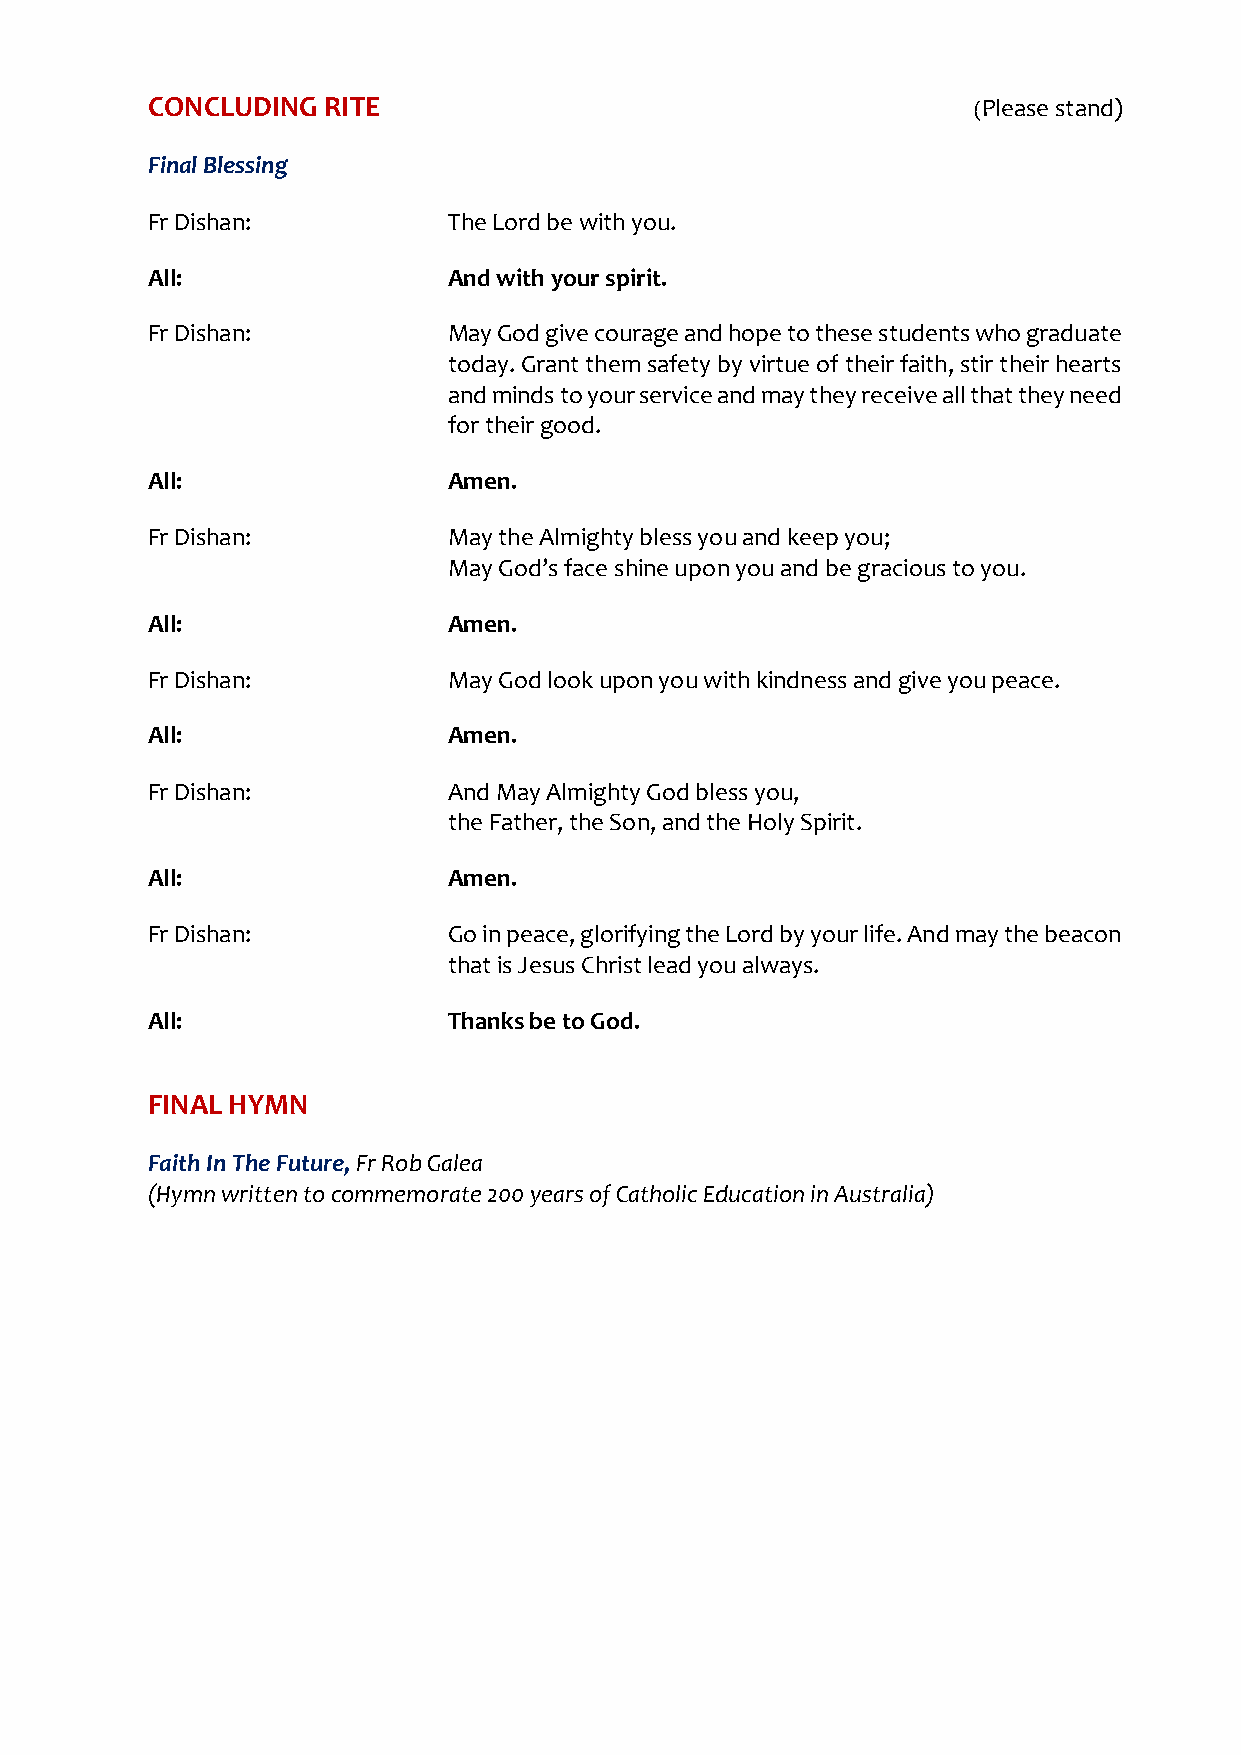
CONCLUDING RITE                                       (Please stand)
 Final Blessing
 Fr Dishan:          The Lord be with you.
 All:                And with your spirit.
 Fr Dishan:          May God give courage and hope to these students who graduate
 today. Grant them safety by virtue of their faith, stir their hearts
 and minds to your service and may they receive all that they need
 for their good.
 All:                Amen.
 Fr Dishan:          May the Almighty bless you and keep you;
 May God’s face shine upon you and be gracious to you.
 All:                Amen.
 Fr Dishan:          May God look upon you with kindness and give you peace.
 All:                Amen.
 Fr Dishan:          And May Almighty God bless you,
 the Father, the Son, and the Holy Spirit.
 All:                Amen.
 Fr Dishan:          Go in peace, glorifying the Lord by your life. And may the beacon
 that is Jesus Christ lead you always.
 All:                Thanks be to God.
 FINAL HYMN
 Faith In The Future, Fr Rob Galea
 (Hymn written to commemorate 200 years of Catholic Education in Australia)